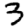
Digit: 3